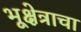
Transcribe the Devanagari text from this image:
भूक्षेत्राचा